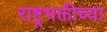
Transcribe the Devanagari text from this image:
राष्ट्रभक्तीच्या